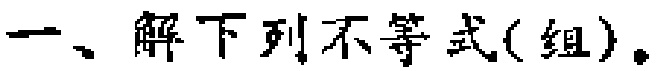
一、解下列不等式(组)。